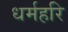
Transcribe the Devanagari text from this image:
धर्महरि